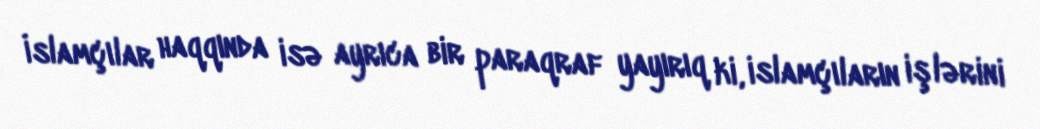
İslamçılar haqqında isə ayrıca bir paraqraf yayırıq ki, islamçıların işlərini